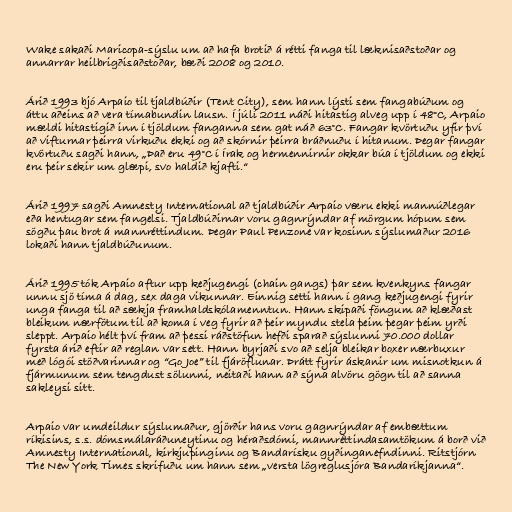
Wake sakaði Maricopa-sýslu um að hafa brotið á rétti fanga til læknisaðstoðar og
annarrar heilbrigðisaðstoðar, bæði 2008 og 2010.

Árið 1993 bjó Arpaio til tjaldbúðir (Tent City), sem hann lýsti sem fangabúðum og
áttu aðeins að vera tímabundin lausn. Í júlí 2011 náði hitastig alveg upp í 48°C, Arpaio
mældi hitastigið inn í tjöldum fanganna sem gat náð 63°C. Fangar kvörtuðu yfir því
að vifturnar þeirra virkuðu ekki og að skórnir þeirra bráðnuðu í hitanum. Þegar fangar
kvörtuðu sagði hann, „Það eru 49°C í Írak og hermennirnir okkar búa í tjöldum og ekki
eru þeir sekir um glæpi, svo haldið kjafti.“

Árið 1997 sagði Amnesty International að tjaldbúðir Arpaio væru ekki mannúðlegar
eða hentugar sem fangelsi. Tjaldbúðirnar voru gagnrýndar af mörgum hópum sem
sögðu þau brot á mannréttindum. Þegar Paul Penzone var kosinn sýslumaður 2016
lokaði hann tjaldbúðunum.

Árið 1995 tók Arpaio aftur upp keðjugengi (chain gangs) þar sem kvenkyns fangar
unnu sjö tíma á dag, sex daga vikunnar. Einnig setti hann í gang keðjugengi fyrir
unga fanga til að sækja framhaldskólamenntun. Hann skipaði föngum að klæðast
bleikum nærfötum til að koma í veg fyrir að þeir myndu stela þeim þegar þeim yrði
sleppt. Arpaio hélt því fram að þessi ráðstöfun hefði sparað sýslunni 70.000 dollar
fyrsta árið eftir að reglan var sett. Hann byrjaði svo að selja bleikar boxer nærbuxur
með lógói stöðvarinnar og “Go Joe” til fjáröflunar. Þrátt fyrir áskanir um misnotkun á
fjármunum sem tengdust sölunni, neitaði hann að sýna alvöru gögn til að sanna
sakleysi sitt.

Arpaio var umdeildur sýslumaður, gjörðir hans voru gagnrýndar af embættum
ríkisins, s.s. dómsmálaráðuneytinu og héraðsdómi, mannréttindasamtökum á borð við
Amnesty International, kirkjuþinginu og Bandarísku gyðinganefndinni. Ritstjórn
The New York Times skrifuðu um hann sem „versta lögreglusjóra Bandaríkjanna“.